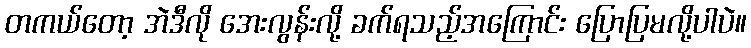
တကယ်တော့ အဲဒီလို အေးလွန်းလို့ ခက်ရသည့်အကြောင်း ပြောပြမလို့ပါပဲ။